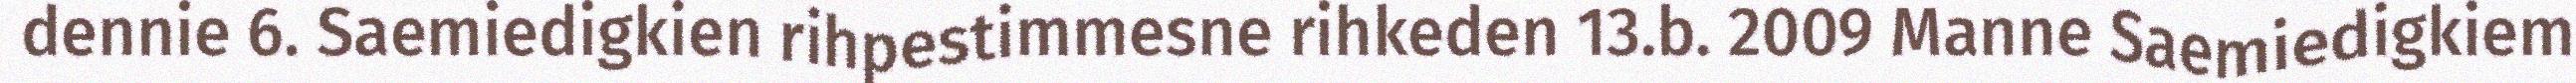
dennie 6. Saemiedigkien rihpestimmesne rihkeden 13.b. 2009 Manne Saemiedigkiem